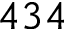
4 3 4